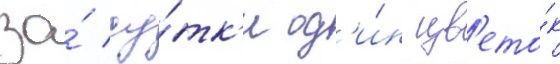
за́ су́тк'и од'и́н цв'ето́к